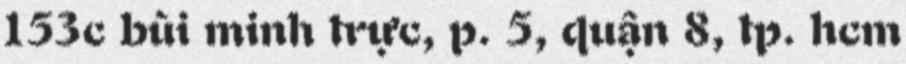
153c bùi minh trực, p. 5, quận 8, tp. hcm